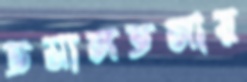
তমালতলায়